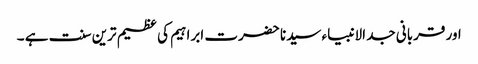
اور قربانی جد الانبیاء سیدنا حضرت ابراہیم کی عظیم ترین سنت ہے ۔